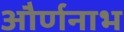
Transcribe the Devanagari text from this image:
और्णनाभ